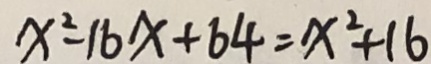
x ^ { 2 } - 1 6 x + 6 4 = x ^ { 2 } + 1 6